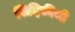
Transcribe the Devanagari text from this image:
सिद्दिकीची